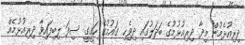
ދިރިއުޅެމުން މިދާ ދިރިއުޅުމުގެ ބަދަލުގައި ދިވެިހި ގައުމުގެ ހަގީގީ ސިފަ ލިބިފައިވާ ދިރިއުޅުމެއް